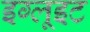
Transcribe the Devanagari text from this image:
इग्लूइट